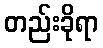
တည်းခိုရာ